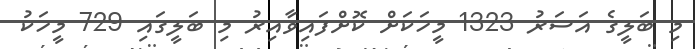
މި ބަލީގެ އަސަރު 1323 މީހަކަށް ކޮށްފައިވާއިރު މި ބަލީގައި 729 މީހަކު